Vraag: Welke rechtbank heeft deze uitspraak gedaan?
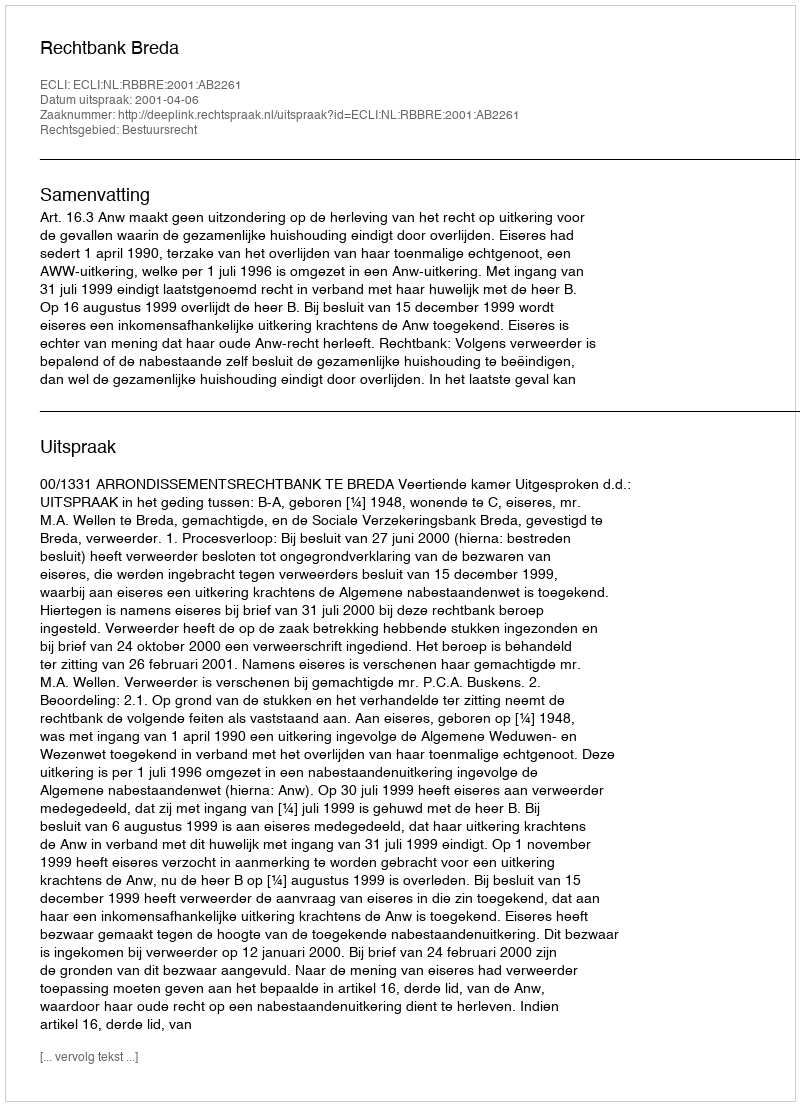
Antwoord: Rechtbank Breda